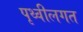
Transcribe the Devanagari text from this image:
पृथ्वीलगत